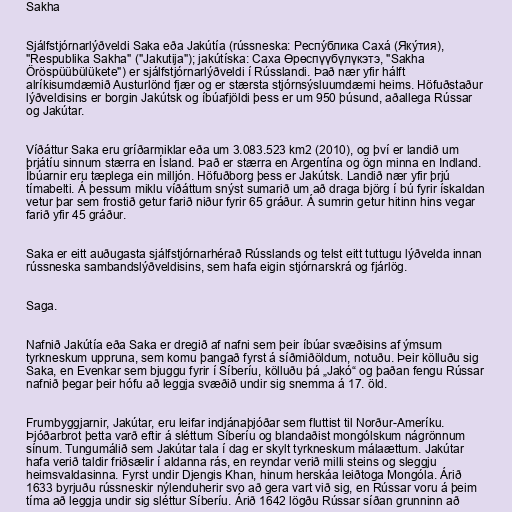
Sakha

Sjálfstjórnarlýðveldi Saka eða Jakútía (rússneska: Респу́блика Саха́ (Яку́тия),
"Respublika Sakha" ("Jakutija"); jakútíska: Саха Өрөспүүбүлүкэтэ, "Sakha
Öröspüübülükete") er sjálfstjórnarlýðveldi í Rússlandi. Það nær yfir hálft
alríkisumdæmið Austurlönd fjær og er stærsta stjórnsýsluumdæmi heims. Höfuðstaður
lýðveldisins er borgin Jakútsk og íbúafjöldi þess er um 950 þúsund, aðallega Rússar
og Jakútar.

Víðáttur Saka eru gríðarmiklar eða um 3.083.523 km2 (2010), og því er landið um
þrjátíu sinnum stærra en Ísland. Það er stærra en Argentína og ögn minna en Indland.
Íbúarnir eru tæplega ein milljón. Höfuðborg þess er Jakútsk. Landið nær yfir þrjú
tímabelti. Á þessum miklu víðáttum snýst sumarið um að draga björg í bú fyrir ískaldan
vetur þar sem frostið getur farið niður fyrir 65 gráður. Á sumrin getur hitinn hins vegar
farið yfir 45 gráður.

Saka er eitt auðugasta sjálfstjórnarhérað Rússlands og telst eitt tuttugu lýðvelda innan
rússneska sambandslýðveldisins, sem hafa eigin stjórnarskrá og fjárlög.

Saga.

Nafnið Jakútía eða Saka er dregið af nafni sem þeir íbúar svæðisins af ýmsum
tyrkneskum uppruna, sem komu þangað fyrst á síðmiðöldum, notuðu. Þeir kölluðu sig
Saka, en Evenkar sem bjuggu fyrir í Síberíu, kölluðu þá „Jakó“ og þaðan fengu Rússar
nafnið þegar þeir hófu að leggja svæðið undir sig snemma á 17. öld.

Frumbyggjarnir, Jakútar, eru leifar indjánaþjóðar sem fluttist til Norður-Ameríku.
Þjóðarbrot þetta varð eftir á sléttum Síberíu og blandaðist mongólskum nágrönnum
sínum. Tungumálið sem Jakútar tala í dag er skylt tyrkneskum málaættum. Jakútar
hafa verið taldir friðsælir í aldanna rás, en reyndar verið milli steins og sleggju
heimsvaldasinna. Fyrst undir Djengis Khan, hinum herskáa leiðtoga Mongóla. Árið
1633 byrjuðu rússneskir nýlenduherir svo að gera vart við sig, en Rússar voru á þeim
tíma að leggja undir sig sléttur Síberíu. Árið 1642 lögðu Rússar síðan grunninn að